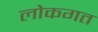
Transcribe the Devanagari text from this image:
लोकगत